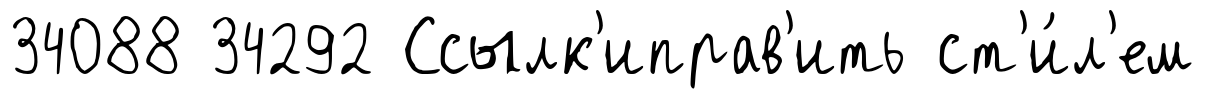
34088 34292 Ссылк'иправ'ить ст'и́л'ем